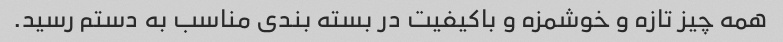
همه چیز تازه و خوشمزه و باکیفیت در بسته بندی مناسب به دستم رسید.